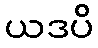
ယဒပိ